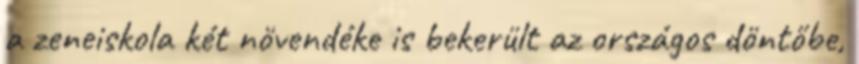
a zeneiskola két növendéke is bekerült az országos döntőbe,